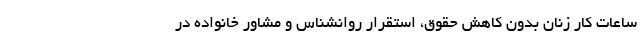
ساعات کار زنان بدون کاهش حقوق، استقرار روانشناس و مشاور خانواده در